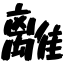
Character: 離